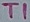
Text: T1